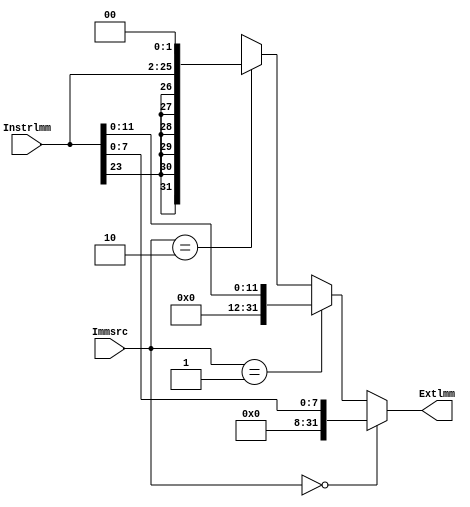
module Extend (
    input       [23:0]   Instrlmm,
    input       [1:0]    Immsrc,
    output reg  [31:0]   Extlmm 
);

    always @(*) begin
        if(Immsrc == 2'b00) 
            Extlmm = {{24{1'b0}},Instrlmm[7:0]};
        else if(Immsrc == 2'b01)
            Extlmm = {{20{1'b0}},Instrlmm[11:0]};
        else if(Immsrc == 2'b10)
            Extlmm = {{6{Instrlmm[23]}},Instrlmm,{2{1'b0}}};
        else
            Extlmm = 32'hxxxxxxxx;
    end

endmodule //Extend